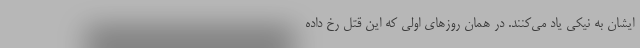
ایشان به نیکی یاد می‌کنند. در همان روز‌های اولی که این قتل رخ داده